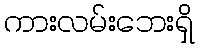
ကားလမ်းဘေးရှိ